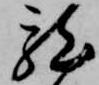
龍